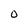
Character: 0